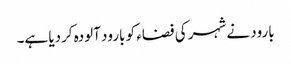
بارود نے شہر کی فضاء کو بارود آلودہ کردیا ہے۔